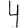
Digit: 4